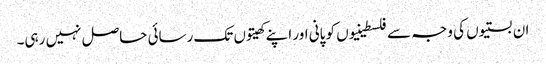
ان بستیوں کی وجہ سے فلسطینیوں کو پانی اور اپنے کھیتوں تک رسائی حاصل نہیں رہی۔